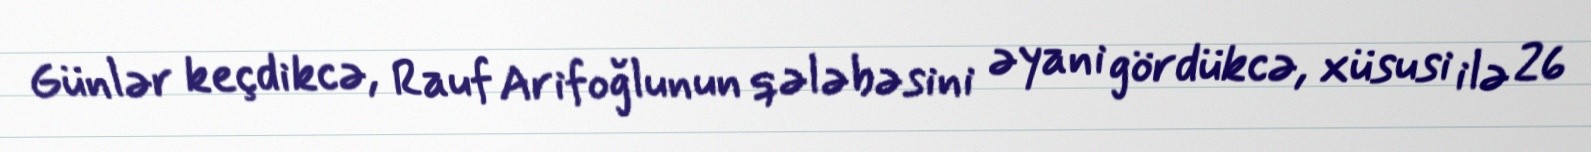
Günlər keçdikcə, Rauf Arifoğlunun qələbəsini əyani gördükcə, xüsusi ilə 26